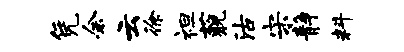
凭余云徐袒藐沽宋静料